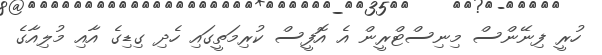
ހުރީ ފިނޭންސް މިނިސްޓްރީން އެ އޮފީސް ކުރިމަތީގައި ހެދި ގިޑިގެ އާއި މުލިއާގެ